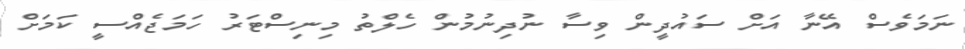
ނަމަވެސް އޭނާ އަށް ސައުދީން ވިސާ ނުދިނުމުން ހެލްތު މިިނިސްޓަރު ހަމަޖެއްސީ ކަމަށް